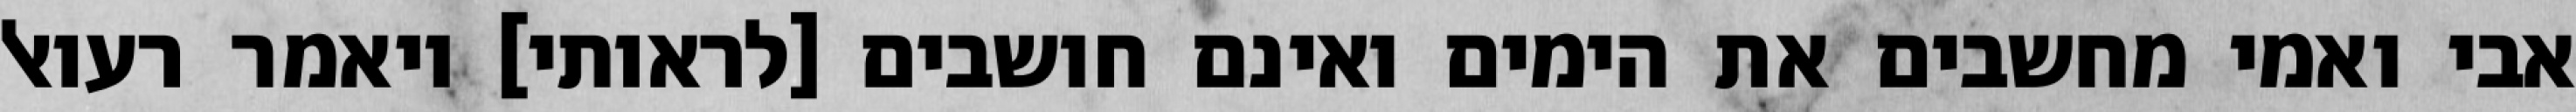
אבי ואמי מחשבים את הימים ואינם חושבים [לראותי] ויאמר רעואל